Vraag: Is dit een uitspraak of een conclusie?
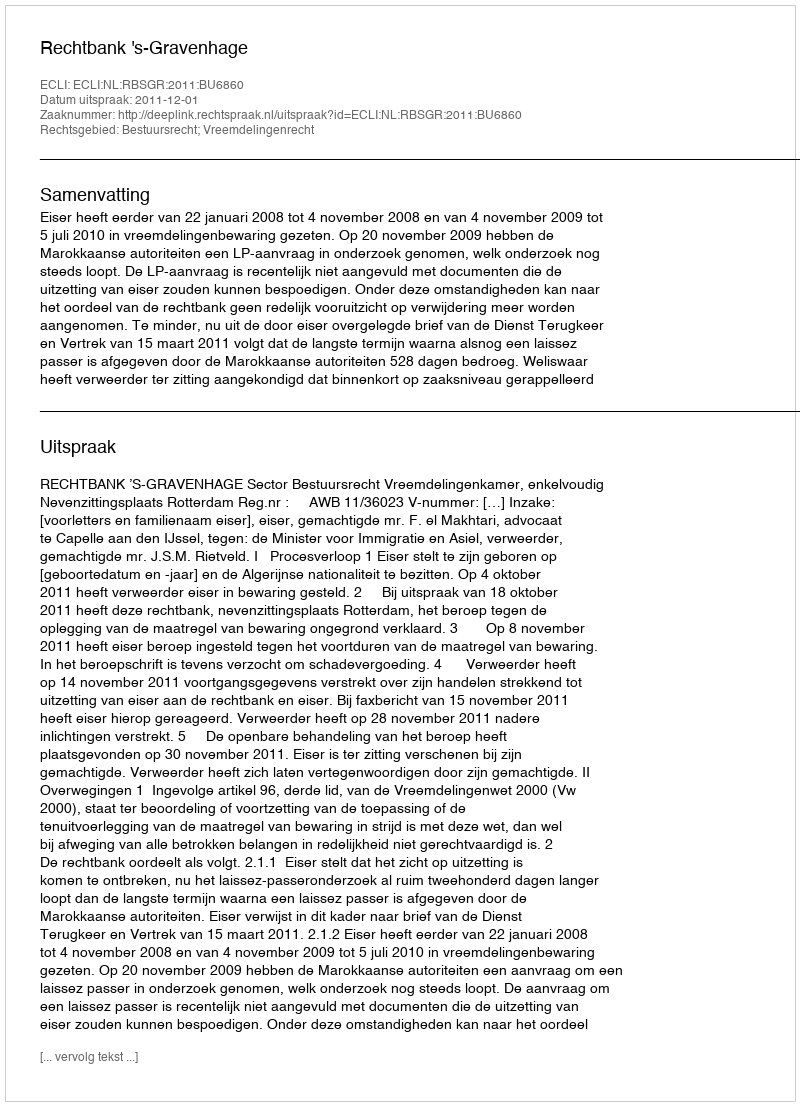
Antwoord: Uitspraak